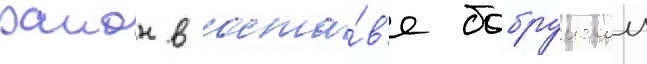
раион в соста́в'е бобруискои